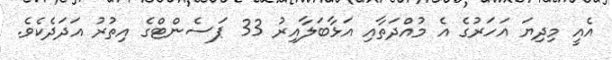
އެއީ މިދިޔަ އަހަރުގެ އެ މުއްދަތާއި އަޅާބަލާއިރު 33 ޕަސެންޓްގެ އިތުރު އަދަދެކެވެ.